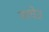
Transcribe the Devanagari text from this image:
नाघेउ